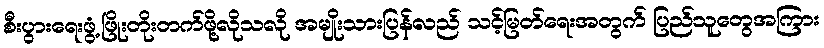
စီးပွားရေးဖွံ့ဖြိုးတိုးတက်ဖို့လိုသလို အမျိုးသားပြန်လည် သင့်မြတ်ရေးအတွက် ပြည်သူတွေအကြား